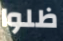
ظلوا